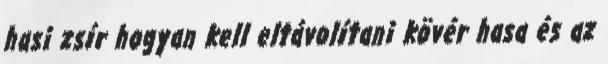
hasi zsír hogyan kell eltávolítani kövér hasa és az